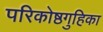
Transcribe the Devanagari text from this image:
परिकोष्ठगुहिका